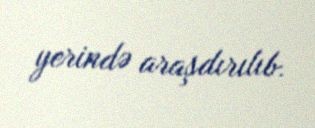
yerində araşdırılıb.